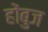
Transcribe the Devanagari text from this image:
होंबुज